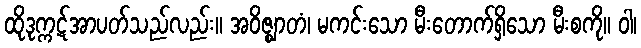
ထိုဒုက္ကဋ်အာပတ်သည်လည်း။ အဝိဇ္ဈာတံ၊ မကင်းသော မီးတောက်ရှိသော မီးစကို။ ဝါ၊